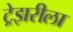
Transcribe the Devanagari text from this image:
ट्रेझरीला